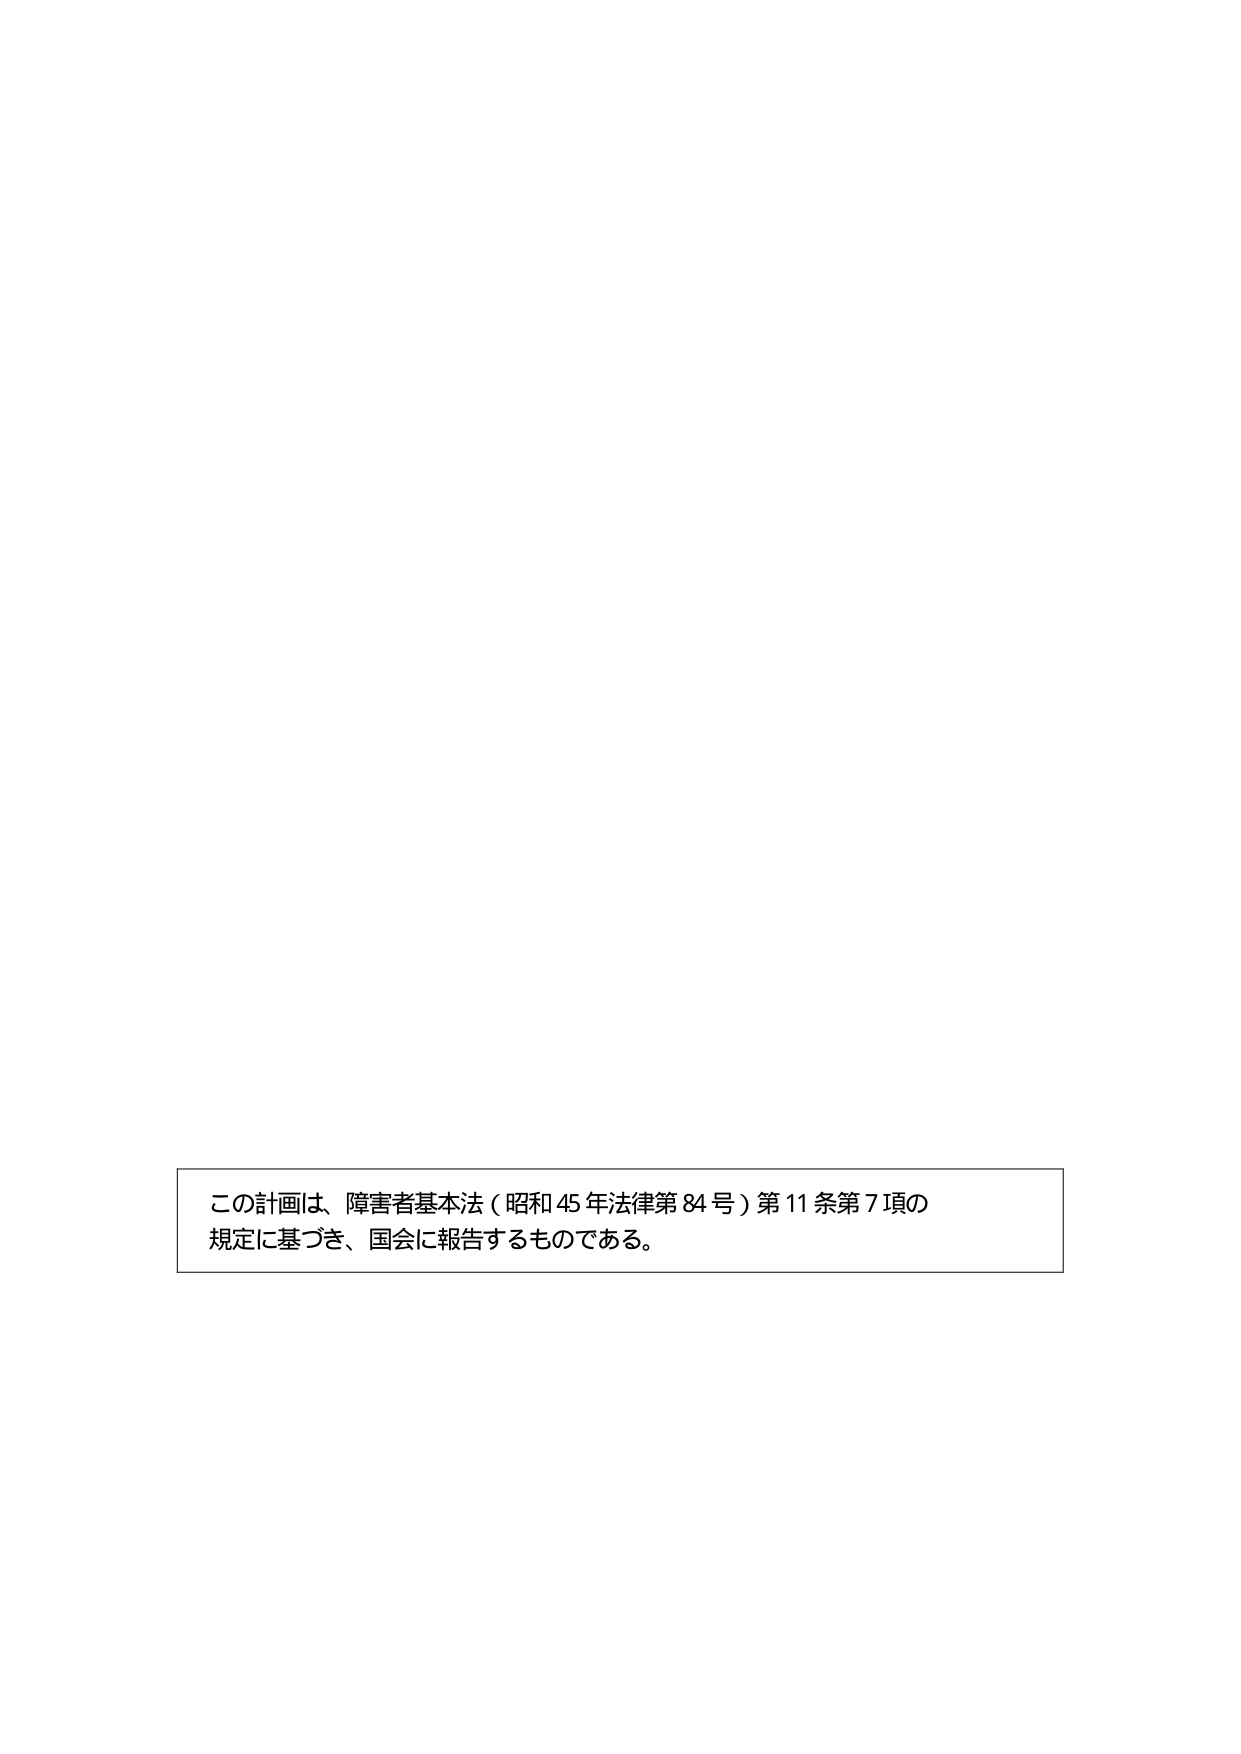
この計画は、障害者基本法（昭和45年法律第84号）第11条第7項の
規定に基づき、国会に報告するものである。